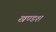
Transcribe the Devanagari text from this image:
खण्डश